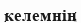
келемнің